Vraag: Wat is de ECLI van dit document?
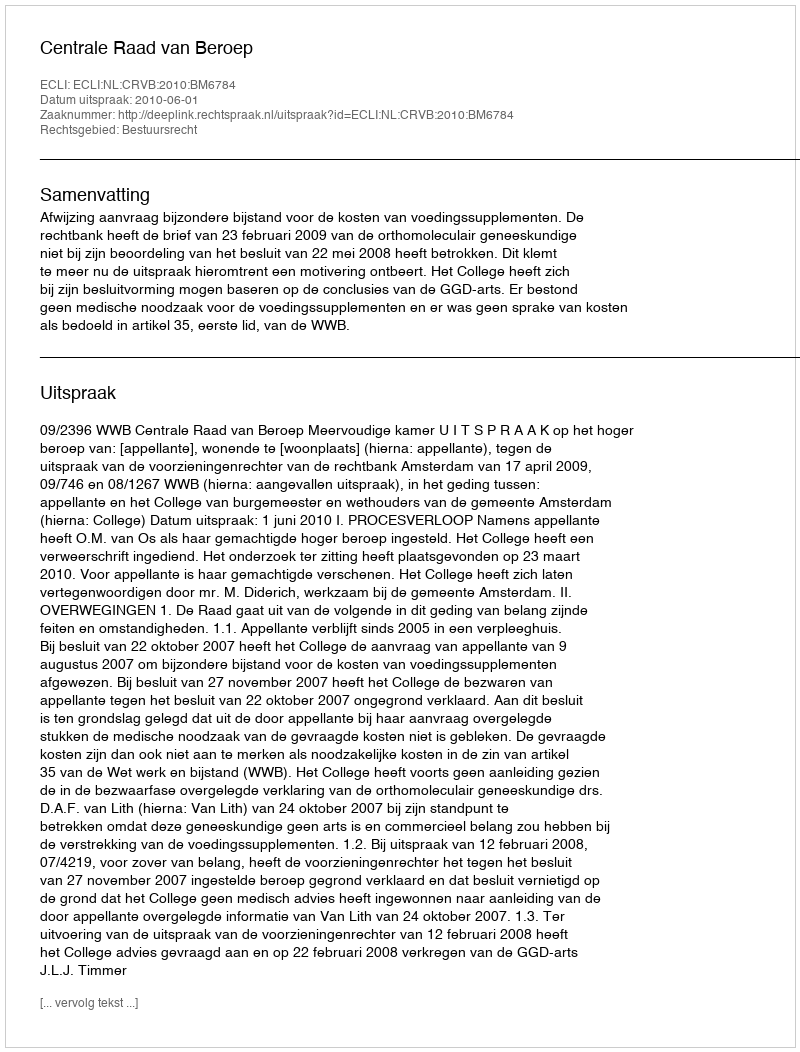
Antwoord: ECLI:NL:CRVB:2010:BM6784